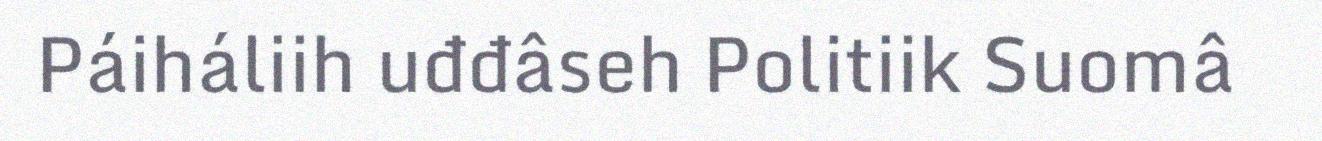
Páiháliih uđđâseh Politiik Suomâ